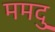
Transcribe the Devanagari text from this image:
ममदु